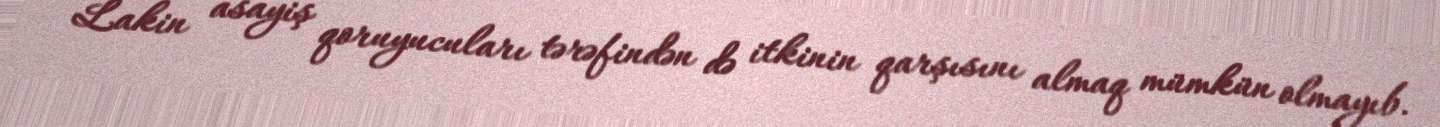
Lakin asayiş qoruyucuları tərəfindən də itkinin qarşısını almaq mümkün olmayıb.